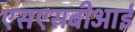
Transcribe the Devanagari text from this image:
एसएसबीआई